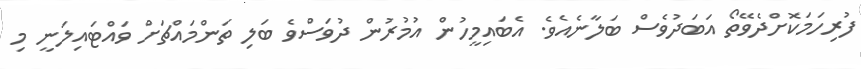
ފުރިހަމަކޮށްދެވޭތޯ އަބަދުވެސް ބަލާނެއެވެ. އެބައިމީހުން އުމުރުން ދުވަސްވެ ބަލި ތަންމައްޗަށް ވައްޓައިލަނީ މި